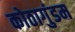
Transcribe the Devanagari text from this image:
कोठागुंडम